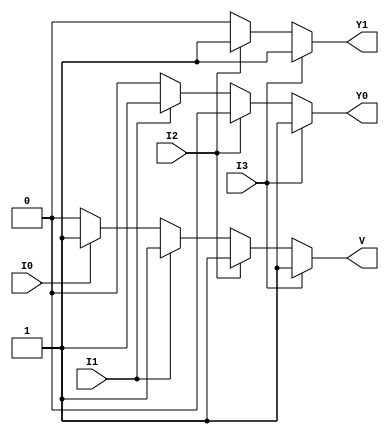
module priority_encoder_4to2 (
    input wire I3,  // Highest priority input
    input wire I2,  // Second highest priority input
    input wire I1,  // Third highest priority input
    input wire I0,  // Lowest priority input
    output reg Y1,  // Output bit 1
    output reg Y0,  // Output bit 0
    output reg V    // Valid output
);

always @(*) begin
    // Default outputs
    Y1 = 0;
    Y0 = 0;
    V = 0;

    // Check inputs in order of priority
    if (I3) begin
        Y1 = 1;
        Y0 = 1;
        V = 1;
    end else if (I2) begin
        Y1 = 1;
        Y0 = 0;
        V = 1;
    end else if (I1) begin
        Y1 = 0;
        Y0 = 1;
        V = 1;
    end else if (I0) begin
        Y1 = 0;
        Y0 = 0;
        V = 1;
    end else begin
        // If all inputs are inactive, Y1, Y0, and V remain at their default values (0)
        // Y1 = 0, Y0 = 0, V = 0
    end
end

endmodule